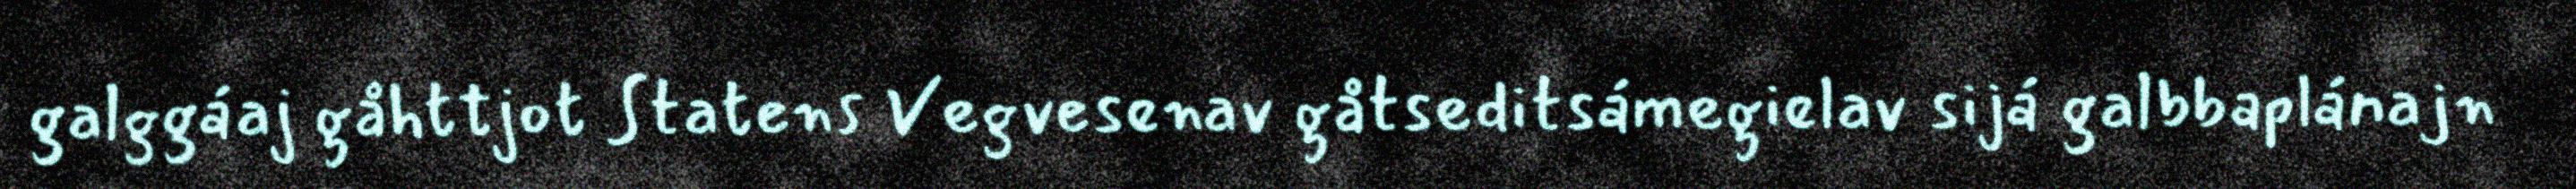
galggáaj gåhttjot Statens Vegvesenav gåtseditsámegielav sijá galbbaplánajn